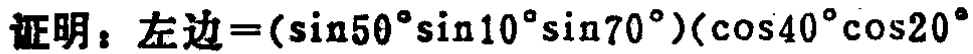
证明：左边\(=(\sin50^{\circ}\sin10^{\circ}\sin70^{\circ})(\cos40^{\circ}\cos20^{\circ}\)